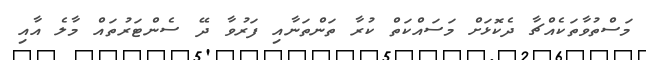
މަސްތުވާތަކެއްޗާ ދެކޮޅަށް މަސައްކަތް ކުރާ ތަންތަނާއި ފަރުވާ ދޭ ސެންޓަރުތައް މާލެ އާއި